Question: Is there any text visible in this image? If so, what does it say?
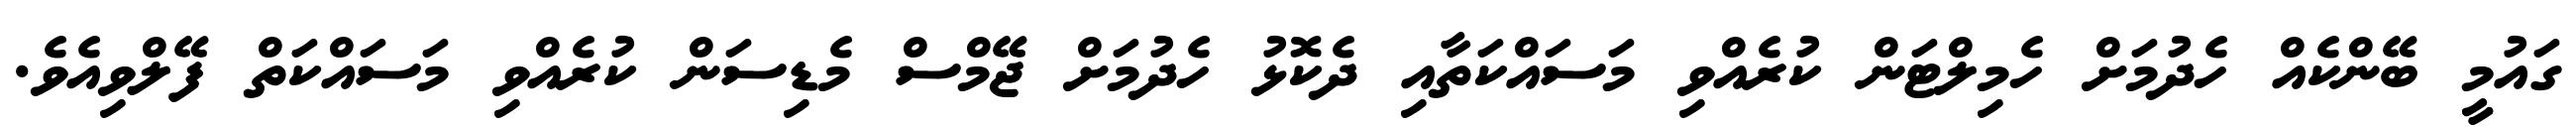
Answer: ގައުމީ ބޭންކެއް ހެދުމަށް ހެމިލްޓަން ކުރެއްވި މަސައްކަތާއި ދެކޮޅު ހެދުމަށް ޖޭމްސް މެޑިސަން ކުރެއްވި މަސައްކަތް ފޭލްވިއެވެ.